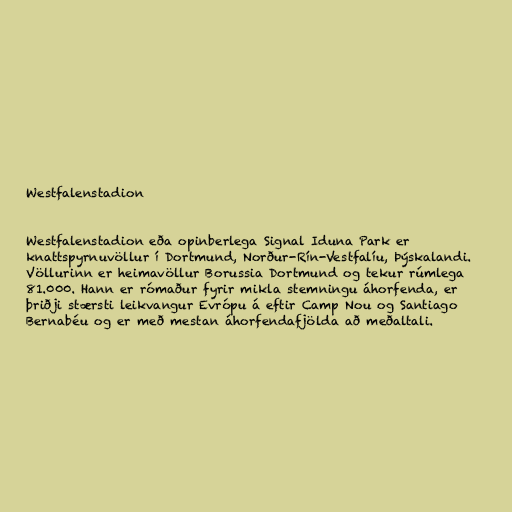
Westfalenstadion

Westfalenstadion eða opinberlega Signal Iduna Park er
knattspyrnuvöllur í Dortmund, Norður-Rín-Vestfalíu, Þýskalandi.
Völlurinn er heimavöllur Borussia Dortmund og tekur rúmlega
81.000. Hann er rómaður fyrir mikla stemningu áhorfenda, er
þriðji stærsti leikvangur Evrópu á eftir Camp Nou og Santiago
Bernabéu og er með mestan áhorfendafjölda að meðaltali.